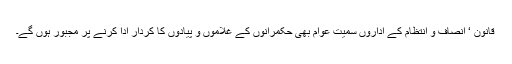
قانون ‘ انصاف و انتظام کے اداروں سمیت عوام بھی حکمرانوں کے غلاموں و پیادوں کا کردار ادا کرنے پر مجبور ہوں گے۔